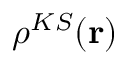
\rho ^ { K S } ( \mathbf { r } )